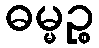
ဓမ္မဉ္စ